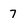
Character: 7